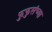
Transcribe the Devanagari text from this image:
फुफुसंच्या